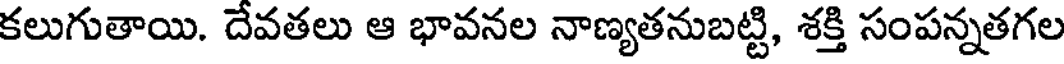
కలుగుతాయి. దేవతలు ఆ భావనల నాణ్యతనుబట్టి, శక్తి సంపన్నతగల